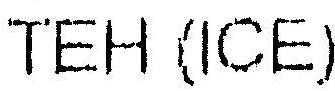
TEH (ICE)